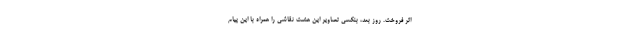
اثر فروخت. روز بعد، بنکسی تصاویر این هشت نقاشی را همراه با این پیام